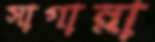
সাগান্না